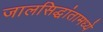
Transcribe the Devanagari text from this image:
जालसिद्धांतामध्ये